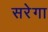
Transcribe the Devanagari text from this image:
सरेगा